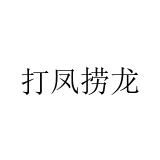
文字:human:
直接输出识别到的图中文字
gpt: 打凤捞龙